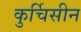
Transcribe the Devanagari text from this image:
कुर्चिसीन